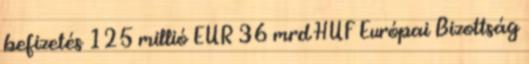
befizetés 125 millió EUR 36 mrd HUF Európai Bizottság